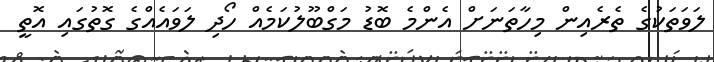
ލަވަތަކުގެ ތެރެއިން މިހާތަނަށް އެންމެ ބޮޑު މަގްބޫލުކަމެއް ހޯދި ލަވައެއްގެ ގޮތުގައި އޮތީ